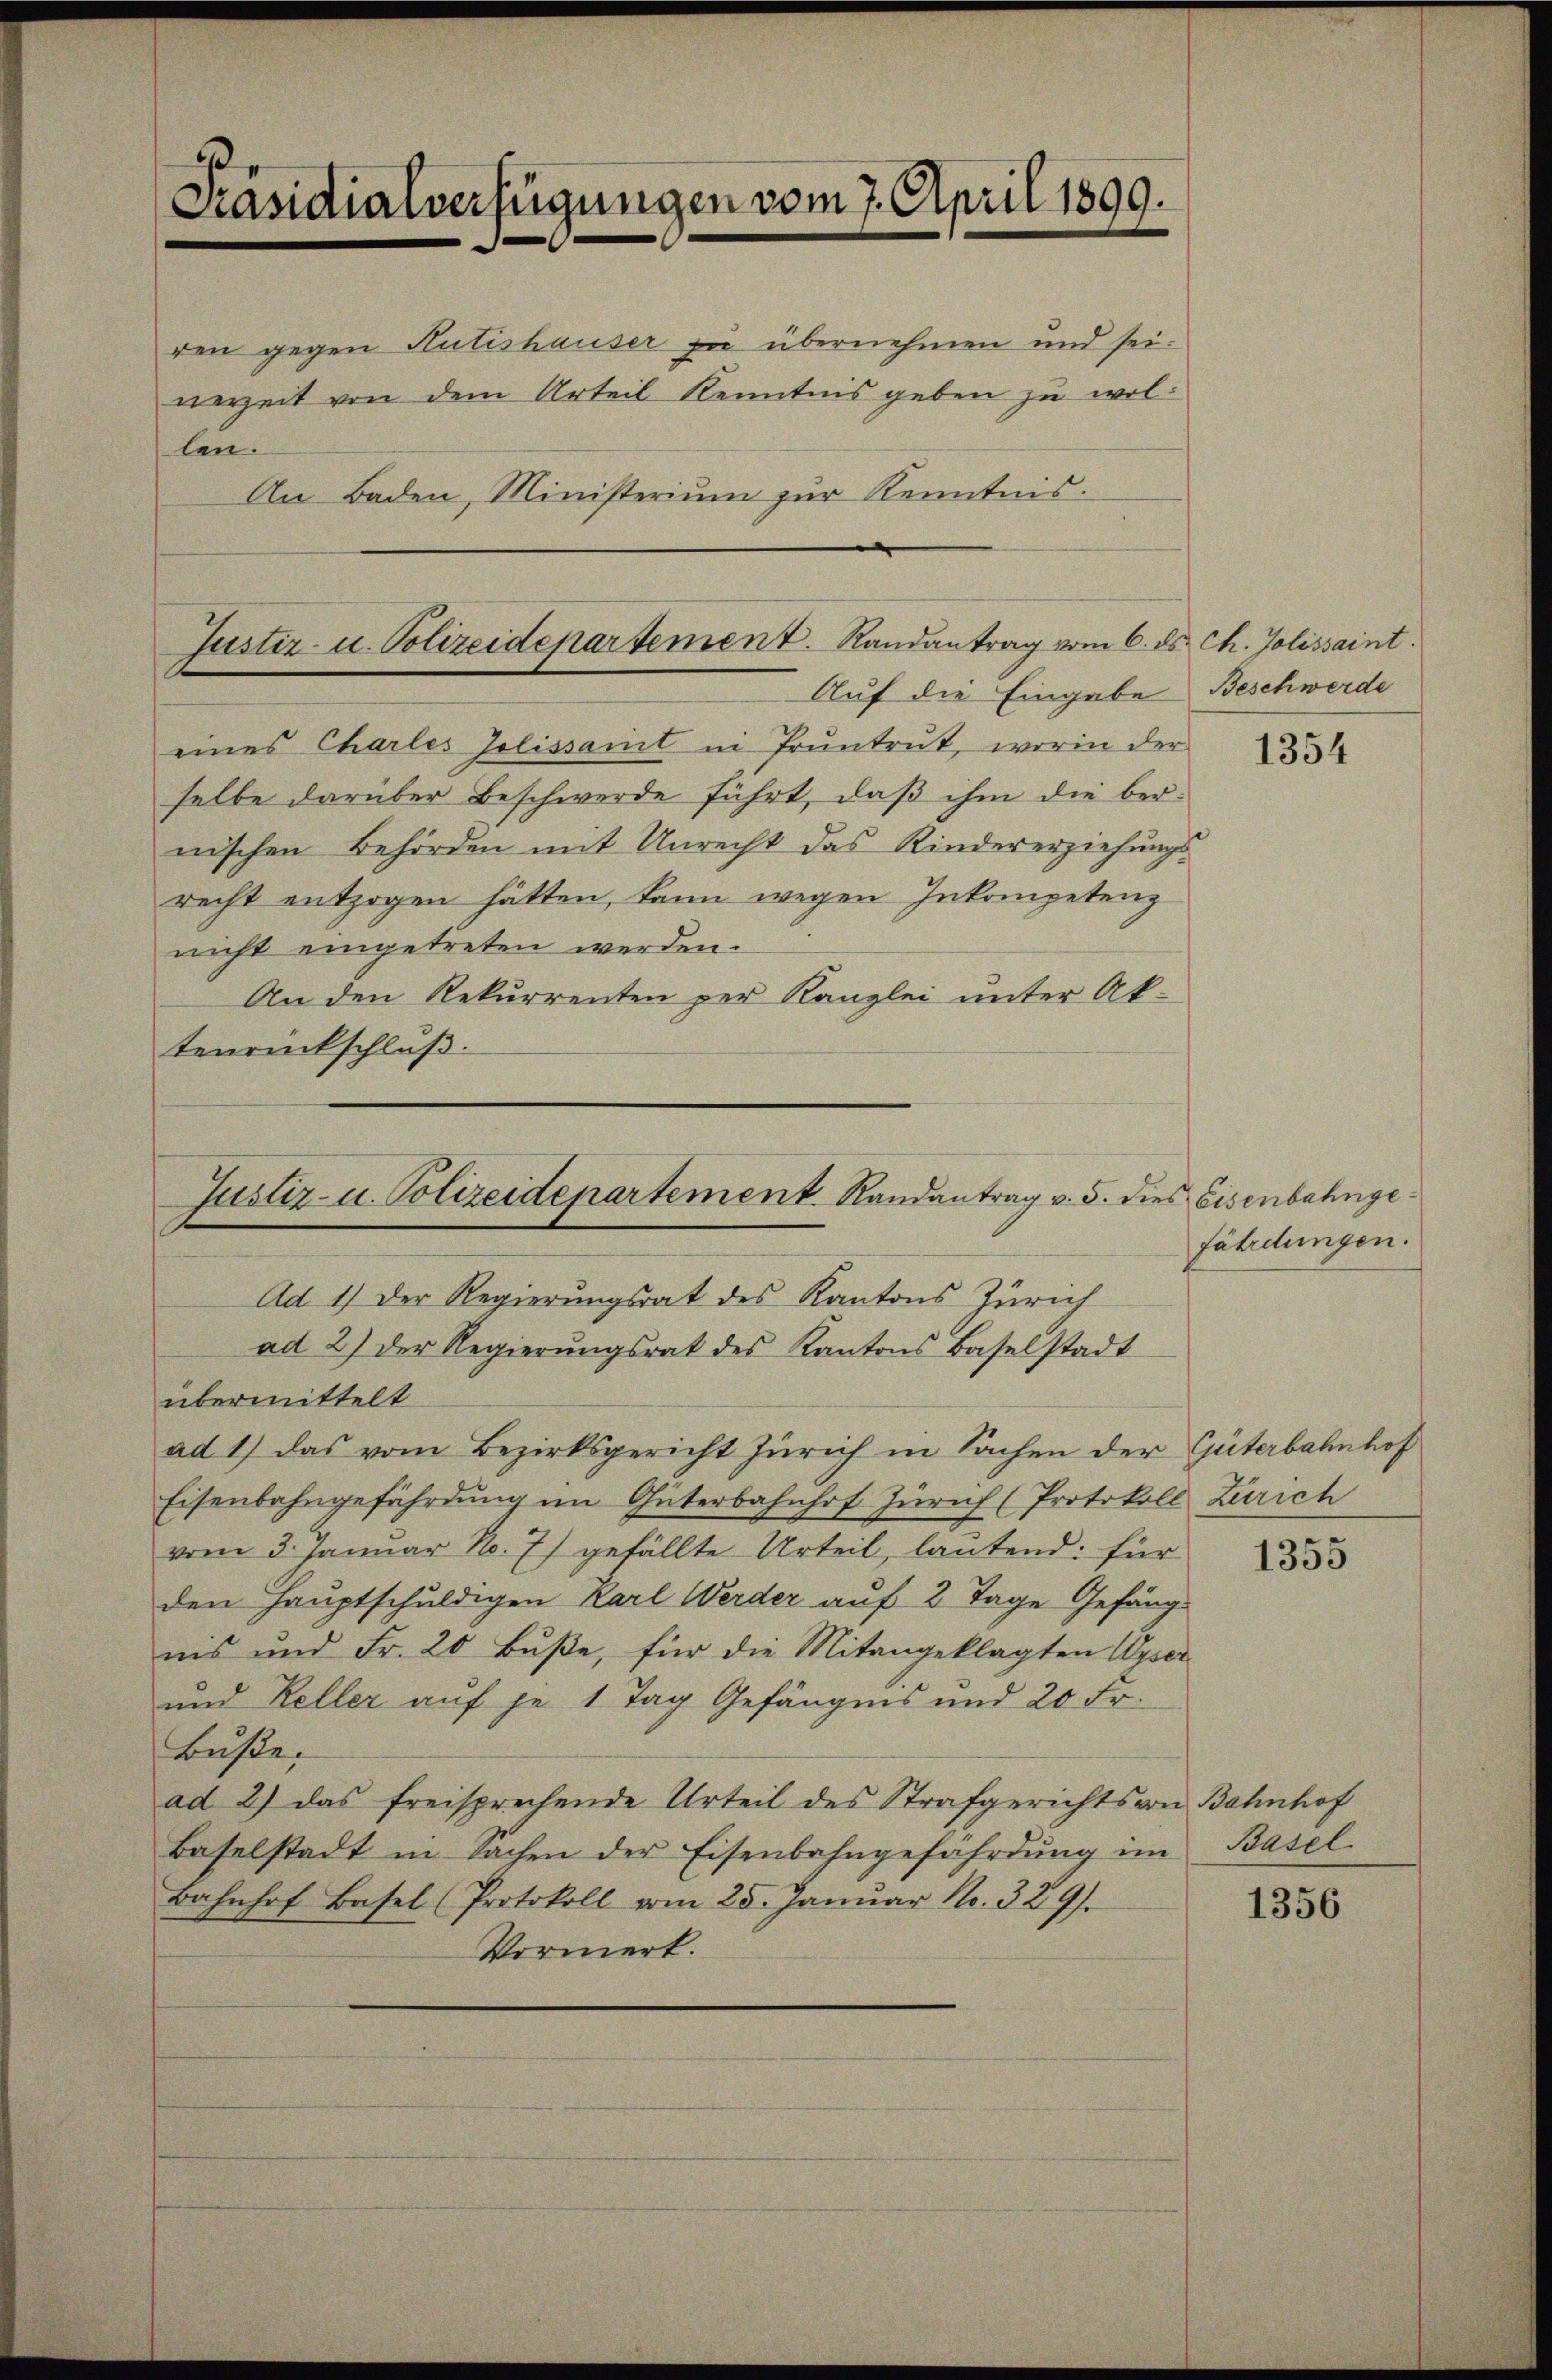
Präsidialverfügungen vom 7. April 1899.

den gegen Hutishauser zu übernehmen und sei.
nerzeit von dem Urteil Kenntnis geben zu wollen.
An Baden, Ministerium zur Kenntnis.

Justiz- u. Polizeidepartement. Randantrag vom 6. ds. Ch. Jolissaint.
Auf die Eingabe

eines Charles Jolissant in Pruntrut, worin der
selbe darüber Beschwerde führt, daß ihm die bernischen Behörden mit Unrecht das Kindererziehungsrecht entzogen hätten, kann wegen Inkompetenz
nicht eingetreten werden.
An den Rekurrenten per Kanzlei unter Ak-
tenrückschluß.

Ad 1) Der Regierungsrat des Kantons Zürich
ad 2) der Regierŭngsrat des Kantons Baselstadt
übermittelt
ad 1) das vom Bezirksgericht Zürich in Sachen der Güterbahnhof
Eisenbahngefährdung im Güterbahnhof Zürich (Protokoll Zürich
vom 3. Januar No. 7) gefällte Urteil, lautend: für
den Hauptschuldigen Karl Werder auf 2 Tage Gefäng-
ins und Fr. 20 Bŭβe, für die Mitangeklagten Wyser
und Keller auf je 1 Tag Gefängnis und 20 Fr.
Buße,
ad 2) das freisprechende Urteil des Strafgerichts von Bahnhof
Baselstadt in Sachen der Eisenbahngefährdŭng im Basel.
Bahnhof Basel (Protokoll vom 25. Januar Nr. 329.
Vormerk.

Justiz- u. Polizeidepartement Randantrag v. 5. dies Eisenbahnge¬

Beschwerde

1354

fährdungen.

1355

1356